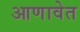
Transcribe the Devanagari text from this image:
आणावेत